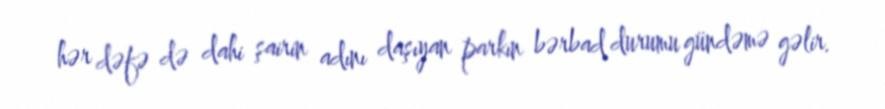
hər dəfə də dahi şairin adını daşıyan parkın bərbad durumu gündəmə gəlir.